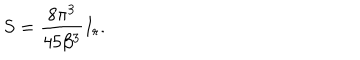
S = \frac { 8 \pi ^ { 3 } } { 4 5 \beta ^ { 3 } } I _ { r } .